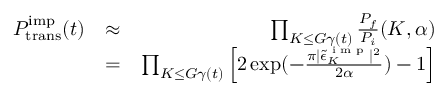
\begin{array} { r l r } { P _ { \mathrm { t r a n s } } ^ { \mathrm { i m p } } ( t ) } & { \approx } & { \prod _ { K \le G \gamma ( t ) } \frac { P _ { f } } { P _ { i } } ( K , \alpha ) } \\ & { = } & { \prod _ { K \le G \gamma ( t ) } \left[ 2 \exp ( - \frac { \pi \vert { \tilde { \epsilon } } _ { K } ^ { \textrm { i m p } } \vert ^ { 2 } } { 2 \alpha } ) - 1 \right] } \end{array}